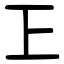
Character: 㠪